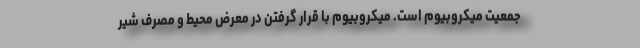
جمعیت میکروبیوم است. میکروبیوم با قرار گرفتن در معرض محیط و مصرف شیر